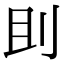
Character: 刞